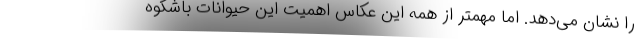
را نشان می‌دهد. اما مهمتر از همه این عکاس اهمیت این حیوانات باشکوه